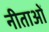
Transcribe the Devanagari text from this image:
नीताओं